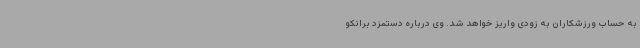
به حساب ورزشکاران به زودی واریز خواهد شد. وی درباره دستمزد برانکو